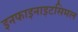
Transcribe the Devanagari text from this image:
इनफाइनाइटसिमल